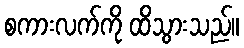
စကားလက်ကို ထိသွားသည်။